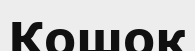
Кошок